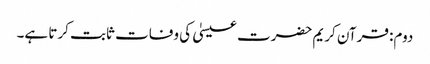
دوم: قرآن کریم حضرت عیسیٰ کی وفات ثابت کرتا ہے۔